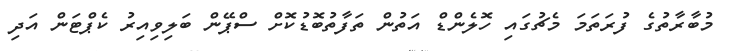
މުބާރާތުގެ ފުރަތަމަ މެޗުގައި ހޮލެންޑް އަތުން ތަފާތުބޮޑުކޮށް ސްޕޭން ބަލިވިއިރު ކެޕްޓަން އަދި